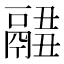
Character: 𩱂